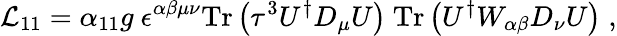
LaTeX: {\cal L}_{11}=\alpha_{11}g~\epsilon^{\alpha\beta\mu\nu}\mathrm{Tr}\left(\tau^{3}U^{\dagger}D_{\mu}U\right)~\mathrm{Tr}\left(U^{\dagger}W_{\alpha\beta}D_{\nu}U\right)\; ,